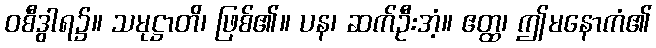
ဝစီဒွါရ၌။ သမုဋ္ဌာတိ၊ ဖြစ်၏။ ပန၊ ဆက်ဦးအံ့။ ဧတ္ထ၊ ဤမနောကံ၏